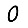
Digit: 0